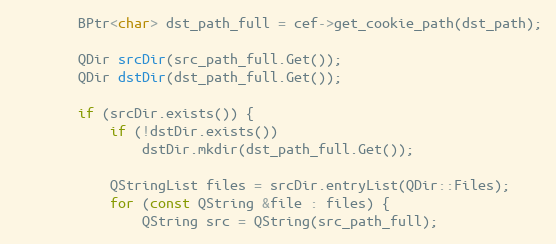
Language: C++
		BPtr<char> dst_path_full = cef->get_cookie_path(dst_path);

		QDir srcDir(src_path_full.Get());
		QDir dstDir(dst_path_full.Get());

		if (srcDir.exists()) {
			if (!dstDir.exists())
				dstDir.mkdir(dst_path_full.Get());

			QStringList files = srcDir.entryList(QDir::Files);
			for (const QString &file : files) {
				QString src = QString(src_path_full);